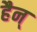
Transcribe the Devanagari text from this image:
हैन्